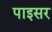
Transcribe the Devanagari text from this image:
पाइसर